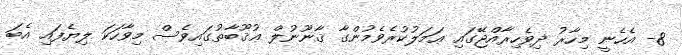
8- އެހެނީ މިހާރު ދިވެހިރާއްޖޭގައި ޢަމަލުކުރެވެމުންގާ ޤާނޫނުލް ޢުޤޫބާތުގައިވެސް މިވާހަކަ ލިޔެފައި އެބަ